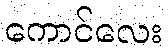
ကောင်လေး